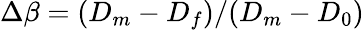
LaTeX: \Delta\beta=(D_{m}-D_{f})/(D_{m}-D_{0})